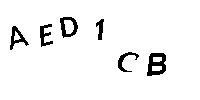
AED1CB